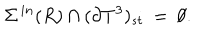
LaTeX: \Sigma ^ { \, i n } ( R ) \cap ( \partial { T } ^ { 3 } ) _ { s t } \: = \: \emptyset .